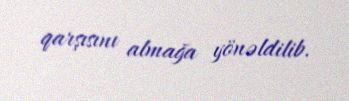
qarşısını almağa yönəldilib.